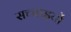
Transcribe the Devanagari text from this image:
सच्‍चाइयों